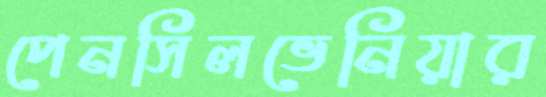
পেনসিলভেনিয়ার